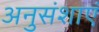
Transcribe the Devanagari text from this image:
अनुसंशाएं